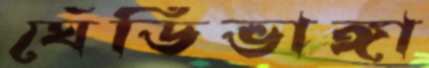
ঘেঁডিভাঙ্গা